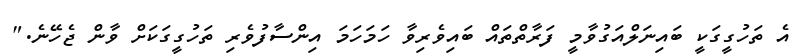
އެ ތަހުގީގަކީ ބައިނަލްއަގުވާމީ ފަރާތްތައް ބައިވެރިވާ ހަމަހަމަ އިންސާފުވެރި ތަހުގީގަކަށް ވާން ޖެހޭނެ."